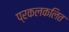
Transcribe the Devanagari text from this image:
प्रकलकलित